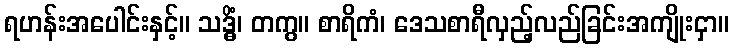
ရဟန်းအပေါင်းနှင့်။ သဒ္ဓိံ၊ တကွ။ စာရိကံ၊ ဒေသစာရီလှည့်လည်ခြင်းအကျိုးငှာ။